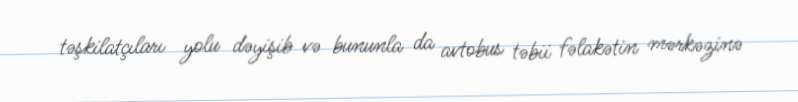
təşkilatçıları yolu dəyişib və bununla da avtobus təbii fəlakətin mərkəzinə